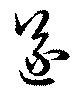
遂